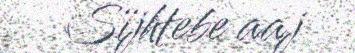
Sïjhtebe aaj